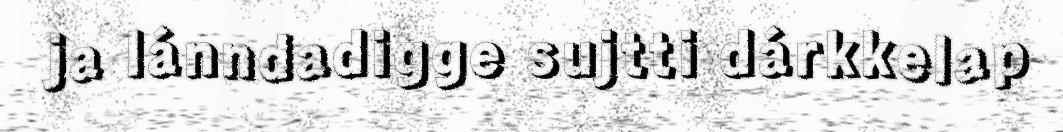
ja lánndadigge sujtti dárkkelap